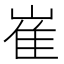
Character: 崔